Vaccination in Burma 1889-1999 - 1889-1999
Year: 1889
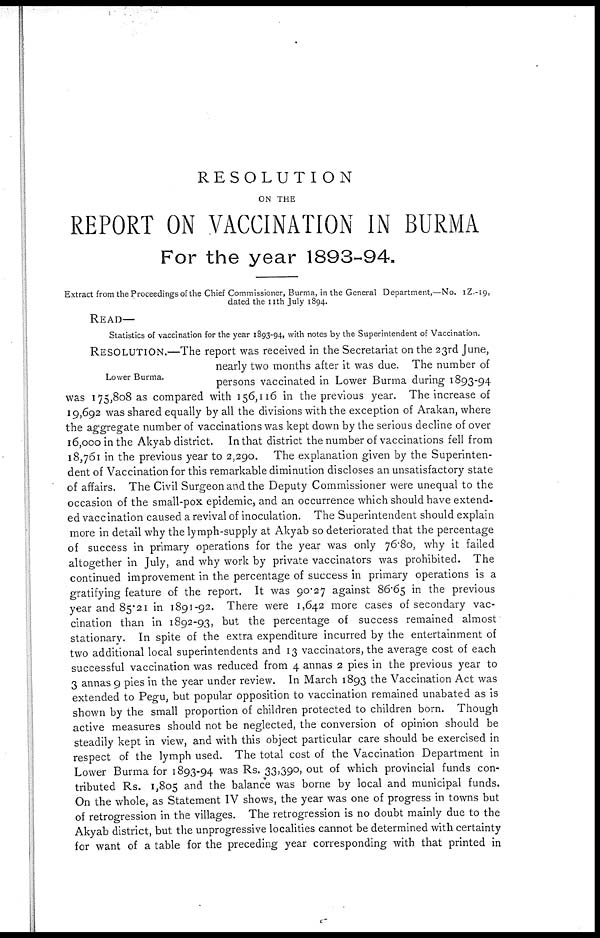
RESOLUTION
ON THE
REPORT ON VACCINATION IN BURMA
For the year 1893-94.
Extract from the Proceedings of the Chief Commissioner, Burma, in the General Department,—No. 1Z.-19,
dated the 11th July 1894.
READ—
Statistics of vaccination for the year 1893-94, with notes by the Superintendent of Vaccination.
Lower Burma.
RESOLUTION.—The report was received in the Secretariat on the 23rd June,
nearly two months after it was due. The number of
persons vaccinated in Lower Burma during 1893-94
was 175,808 as compared with 156,116 in the previous year. The increase of
19,692 was shared equally by all the divisions with the exception of Arakan, where
the aggregate number of vaccinations was kept down by the serious decline of over
16,000 in the Akyab district. In that district the number of vaccinations fell from
18,761 in the previous year to 2,290. The explanation given by the Superinten-
dent of Vaccination for this remarkable diminution discloses an unsatisfactory state
of affairs. The Civil Surgeon and the Deputy Commissioner were unequal to the
occasion of the small-pox epidemic, and an occurrence which should have extend-
ed vaccination caused a revival of inoculation. The Superintendent should explain
more in detail why the lymph-supply at Akyab so deteriorated that the percentage
of success in primary operations for the year was only 76.80, why it failed
altogether in July, and why work by private vaccinators was prohibited. The
continued improvement in the percentage of success in primary operations is a
gratifying feature of the report. It was 90.27 against 86.65 in the previous
year and 85.21 in 1891-92. There were 1,642 more cases of secondary vac-
cination than in 1892-93, but the percentage of success remained almost
stationary. In spite of the extra expenditure incurred by the entertainment of
two additional local superintendents and 13 vaccinators, the average cost of each
successful vaccination was reduced from 4 annas 2 pies in the previous year to
3 annas 9 pies in the year under review. In March 1893 the Vaccination Act was
extended to Pegu, but popular opposition to vaccination remained unabated as is
shown by the small proportion of children protected to children born. Though
active measures should not be neglected, the conversion of opinion should be
steadily kept in view, and with this object particular care should be exercised in
respect of the lymph used. The total cost of the Vaccination Department in
Lower Burma for 1893-94 was Rs. 33,390, out of which provincial funds con-
tributed Rs. 1,805 and the balance was borne by local and municipal funds.
On the whole, as Statement IV shows, the year was one of progress in towns but
of retrogression in the villages. The retrogression is no doubt mainly due to the
Akyab district, but the unprogressive localities cannot be determined with certainty
for want of a table for the preceding year corresponding with that printed in